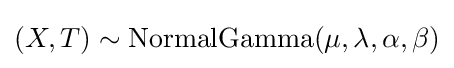
(X,T)\sim \mathrm {NormalGamma} (\mu ,\lambda ,\alpha ,\beta )